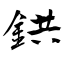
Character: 鉷